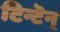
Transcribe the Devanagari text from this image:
टिन्टॆन्